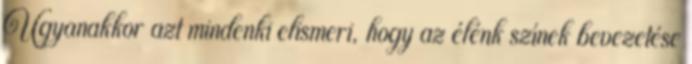
Ugyanakkor azt mindenki elismeri, hogy az élénk színek bevezetése